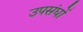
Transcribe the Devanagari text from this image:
उपसंघों